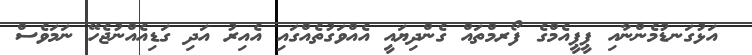
އަޅުގަނޑުމެންނާއި ޕީޕީއެމްގެ ފޯރމްތައް ގެންދިޔައީ އެއްވަގުތެއްގައި އެއިރު އަދި ގަޑިއެއްނުޖެހޭ ނަމަވެސް